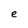
Character: e